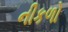
નીકળો